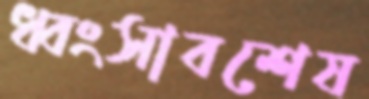
ধ্বংসাবশেষ